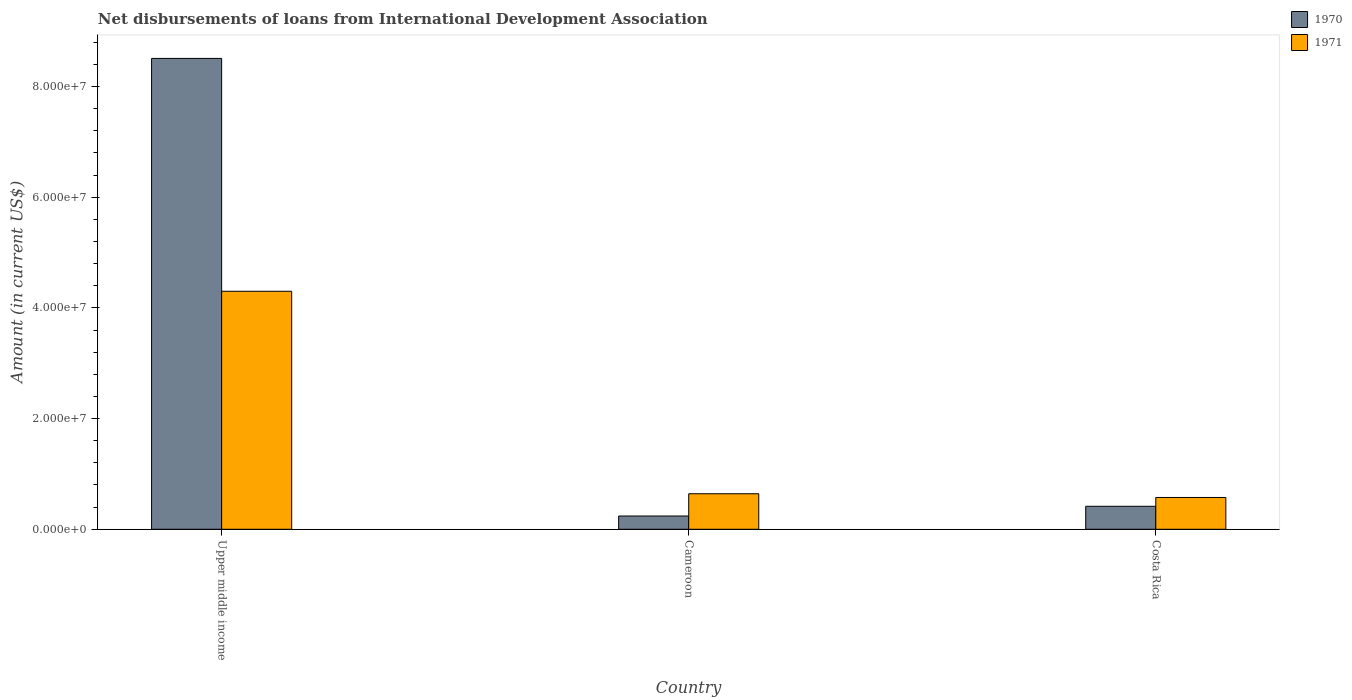
| Country | 1970 | 1971 |
 | --- | --- | --- |
 | Upper middle income | 8.51e+07 | 4.3e+07 |
 | Cameroon | 2.4e+06 | 6.42e+06 |
 | Costa Rica | 4.15e+06 | 5.74e+06 |